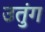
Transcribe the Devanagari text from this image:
उतुंग